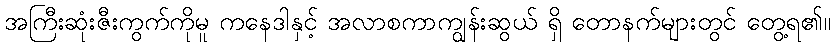
အကြီးဆုံးဇီးကွက်ကိုမူ ကနေဒါနှင့် အလာစကာကျွန်းဆွယ် ရှိ တောနက်များတွင် တွေ့ရ၏။